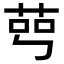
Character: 𦰉